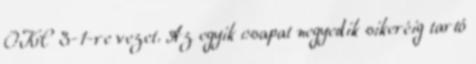
OKC 3-1-re vezet. Az egyik csapat negyedik sikeréig tartó